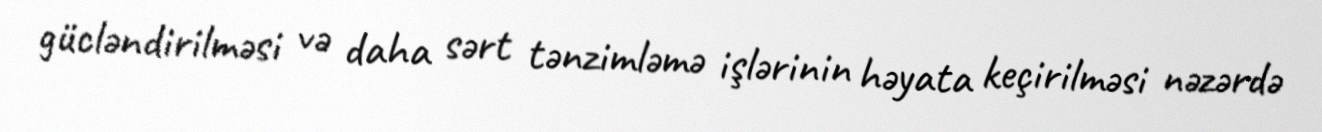
gücləndirilməsi və daha sərt tənzimləmə işlərinin həyata keçirilməsi nəzərdə